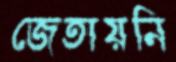
জেতায়নি